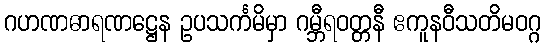
ဂဟဏဓာရဏဋ္ဌေန ဥပသင်္ကမိမှာ ဂမ္ဘီရဝတ္တနီ ဧကူနဝီသတိမဝဂ္ဂ